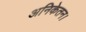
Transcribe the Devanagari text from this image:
अनिकेतन।